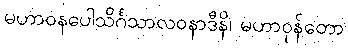
မဟာဝနပေါသိင်္ဂသာလဝနာဒီနိ၊ မဟာဝုန်တော